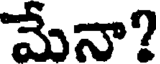
మేనా?